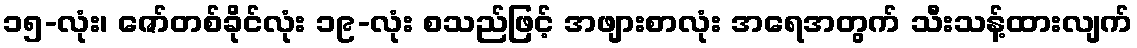
၁၅-လုံး၊ ဇော်တစ်ခိုင်လုံး ၁၉-လုံး စသည်ဖြင့် အဖျားစာလုံး အရေအတွက် သီးသန့်ထားလျက်